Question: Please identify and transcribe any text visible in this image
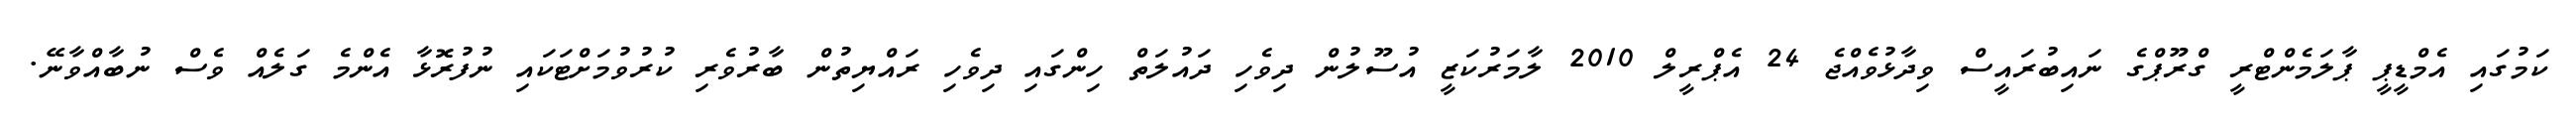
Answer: ކަމުގައި އެމްޑީޕީ ޕާލަމެންޓްރީ ގްރޫޕްގެ ނައިބުރައީސް ވިދާޅުވެއްޖެ 24 އެޕްރީލް 2010 ލާމަރުކަޒީ އުސޫލުން ދިވެހި ދައުލަތް ހިންގައި ދިވެހި ރައްޔިތުން ބާރުވެރި ކުރުވުމަށްޓަކައި ނުފުރޮޅާ އެންމެ ގަލެއް ވެސް ނުބާއްވާނޭ.